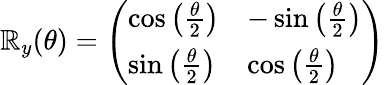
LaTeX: \mathbb{R}_{y}(\theta)=\left(\begin{array}{ll}{\cos{\left(\frac{\theta}{2}\right)}}&{-\sin{\left(\frac{\theta}{2}\right)}}\\ {\sin{\left(\frac{\theta}{2}\right)}}&{\cos{\left(\frac{\theta}{2}\right)}}\end{array}\right)